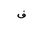
Letter: _fa